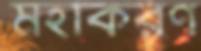
মহাকরণ